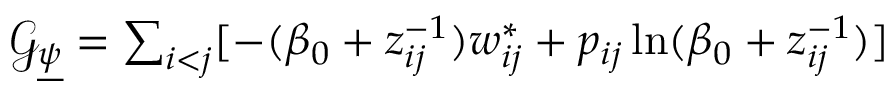
\begin{array} { r } { \mathcal { G } _ { \underline { { \psi } } } = \sum _ { i < j } [ - ( \beta _ { 0 } + z _ { i j } ^ { - 1 } ) w _ { i j } ^ { * } + p _ { i j } \ln ( \beta _ { 0 } + z _ { i j } ^ { - 1 } ) ] } \end{array}